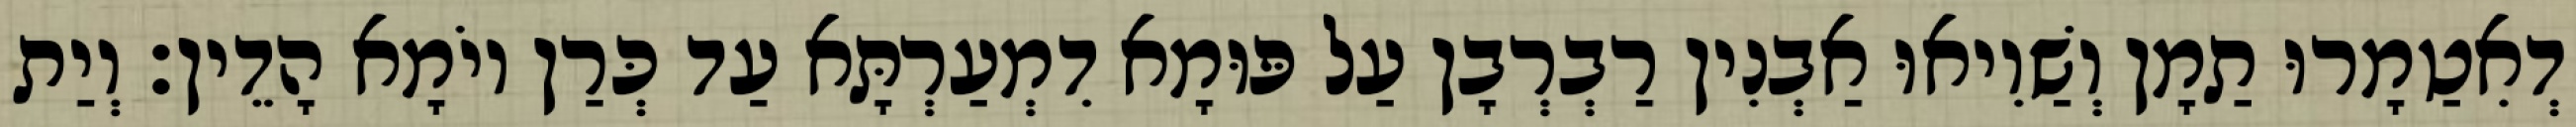
דְאִטַמָרוּ תַמָן וְשַׁוִיאוּ אַבְנִין רַבְרְבָן עַל פּוּמָא דִמְעַרְתָּא עַד כְּרַן יוֹמָא הָדֵין׃ וְיַת